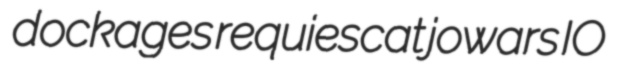
dockages requiescat jowars IO